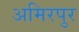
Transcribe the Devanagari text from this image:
अमिरपुर